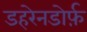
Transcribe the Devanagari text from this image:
डहरेनडोर्फ़